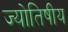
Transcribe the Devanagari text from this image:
ज्‍योतिषीय